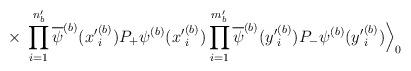
LaTeX: \begin{align*}\times\;\prod_{i=1}^{n^\prime_b} \overline{\psi}^{(b)}({x^\prime}^{(b)}_i) P_+ \psi^{(b)}({x^\prime}^{(b)}_i)\prod_{i=1}^{m^\prime_b} \overline{\psi}^{(b)}({y^\prime}^{(b)}_i) P_- \psi^{(b)}({y^\prime}^{(b)}_i) \Big\rangle_0\end{align*}